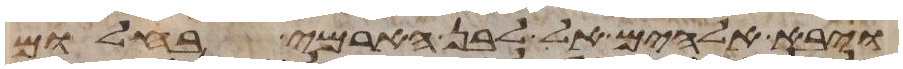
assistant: ויבא אלהים אל לבן הארמי בחלום